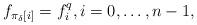
LaTeX: \begin{align*}f_{\pi_\delta[i]}=f_i^q,i=0, \ldots, n-1,\end{align*}